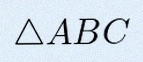
\triangle ABC